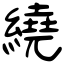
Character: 繞